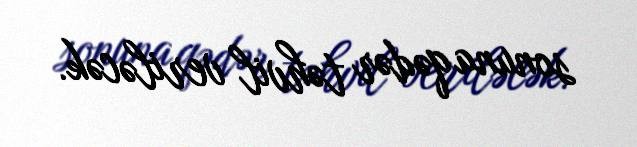
sonuna qədər təhvil veriləcək.